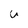
Character: U